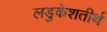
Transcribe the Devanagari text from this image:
लडुकेशतीर्थ